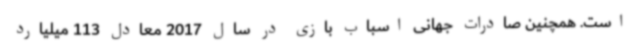
است. همچنین صادرات جهانی اسباب بازی در سال 2017 معادل 113 میلیارد